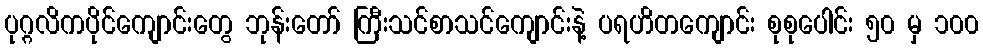
ပုဂ္ဂလိကပိုင်ကျောင်းတွေ ဘုန်းတော် ကြီးသင်စာသင်ကျောင်းနဲ့ ပရဟိတကျောင်း စုစုပေါင်း ၅၀ မှ ၁၀၀